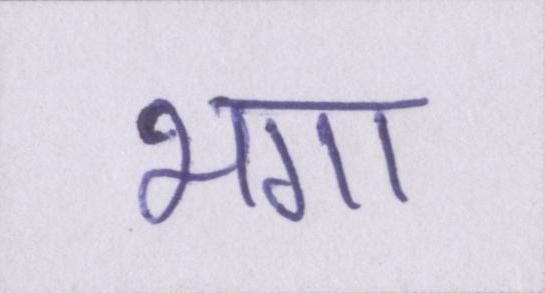
भगा